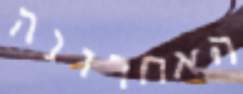
האחרונה